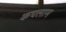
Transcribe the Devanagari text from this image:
कचलाम